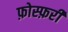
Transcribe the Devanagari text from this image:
फ़ोस्फ़री